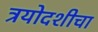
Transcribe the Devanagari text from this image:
त्रयोदशीचा